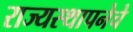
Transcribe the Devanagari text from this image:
राज्यस्थापनेचे